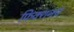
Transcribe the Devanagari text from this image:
फिक्शनचे